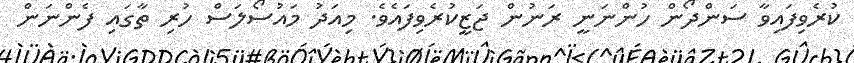
ކުރެވިފައިވާ ސަންދޯން ހުންނަނީ ރަނުން ޖަޒީކުރެވިފައެވެ. މިއަދު މައުސޯލަސް ހުރި ތާގައި ފެންނަން